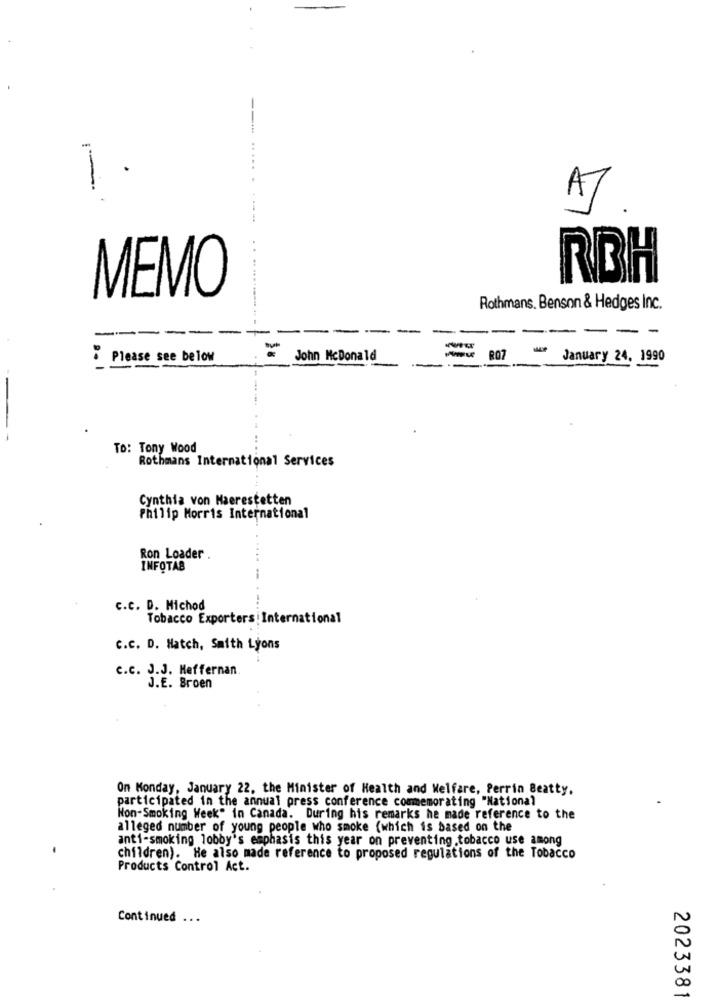
AT
RBH
MEMO
Rothmans, Benson & Hedges Inc.
-
--
-
--
- -
. Please see below
John McDonald
-
RO7
January 24, 1990
TO: Tony Wood
Rothmans International Services
Cynthia von Maerestetten
Philip Morris International
Ron Loader
INFOTAB
c.c. D. Michod
Tobacco Exporters International
C.C. D. Hatch, Smith Lyons
c.c. J.J. Heffernan
J.E. Broen
On Monday, January 22, the Minister of Health and Welfare, Perrin Beatty.
participated in the annual press conference commemorating "National
Non-Smoking Week" in Canada. During his remarks he made reference to the
alleged number of young people who smoke (which is based on the
anti-smoking lobby's emphasis this year on preventing.tobacco use among
children). He also made reference to proposed regulations of the Tobacco
Products Control Act.
Continued ...
2023381